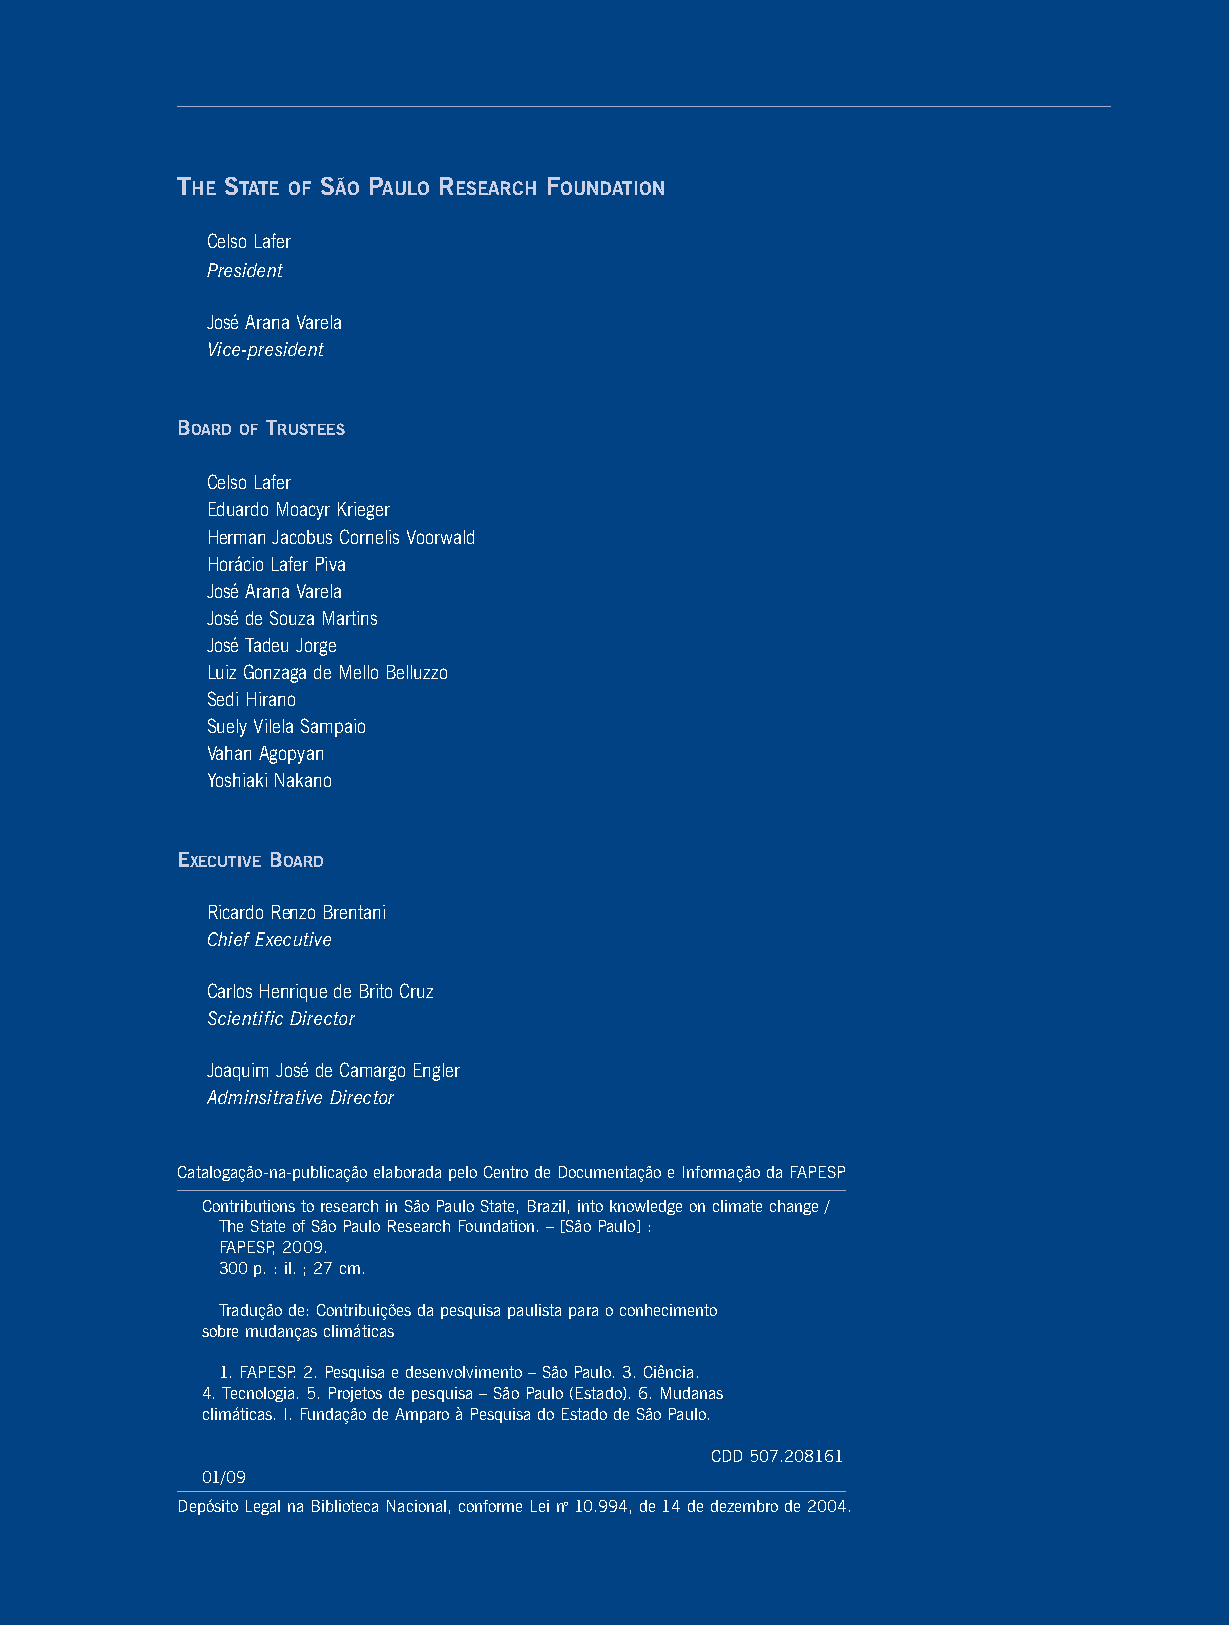
THE STATE OF SÃO PAULO RESEARCH FOUNDATION
 Celso Lafer
 President
 José Arana Varela
 Vice-president
 BOARD OF TRUSTEES
 Celso Lafer
 Eduardo Moacyr Krieger
 Herman Jacobus Cornelis Voorwald
 Horácio Lafer Piva
 José Arana Varela
 José de Souza Martins
 José Tadeu Jorge
 Luiz Gonzaga de Mello Belluzzo
 Sedi Hirano
 Suely Vilela Sampaio
 Vahan Agopyan
 Yoshiaki Nakano
 EXECUTIVE BOARD
 Ricardo Renzo Brentani
 Chief Executive
 Carlos Henrique de Brito Cruz
 Scientific Director
 Joaquim José de Camargo Engler
 Adminsitrative Director
 Catalogação-na-publicação elaborada pelo Centro de Documentação e Informação da FAPESP
 Contributions to research in São Paulo State, Brazil, into knowledge on climate change /
 The State of São Paulo Research Foundation. – [São Paulo] :
 FAPESP, 2009.
 300 p. : il. ; 27 cm.
 Tradução de: Contribuições da pesquisa paulista para o conhecimento
 sobre mudanças climáticas
 1. FAPESP. 2. Pesquisa e desenvolvimento – São Paulo. 3. Ciência.
 4. Tecnologia. 5. Projetos de pesquisa – São Paulo (Estado). 6. Mudanas
 climáticas. I. Fundação de Amparo à Pesquisa do Estado de São Paulo.
 CDD 507.208161
 01/09
 Depósito Legal na Biblioteca Nacional, conforme Lei no10.994, de 14 de dezembro de 2004.